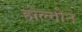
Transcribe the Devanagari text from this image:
होल्गोन